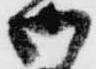
御